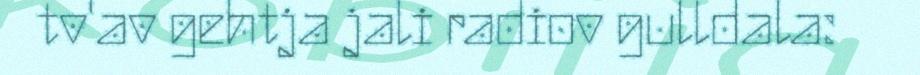
tv'av gehtja jali radiov gulldala: